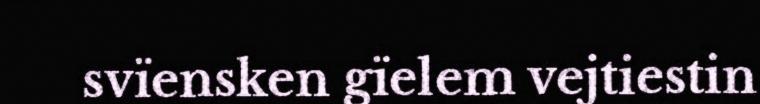
svïensken gïelem vejtiestin